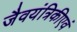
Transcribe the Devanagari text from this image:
जैवयंत्रिकीएवं